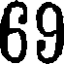
69